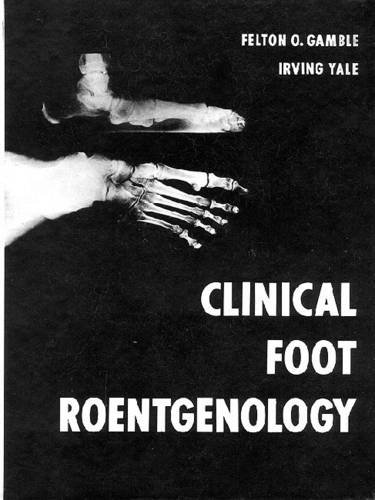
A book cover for Clinical Foot Roentgenology; Felton Gamble; Medical Books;